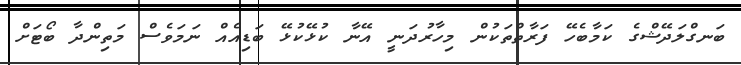
ބަނގްލަދޭޝްގެ ކަމާބެހޭ ފަރާތްތަކުން މިހާރުދަނީ އޭނާ ކުޅޭކުޅޭ ބަޑިއެއް ނަމަވެސް މަތިންދާ ބޯޓަށް